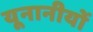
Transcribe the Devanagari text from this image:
यूनानीयों